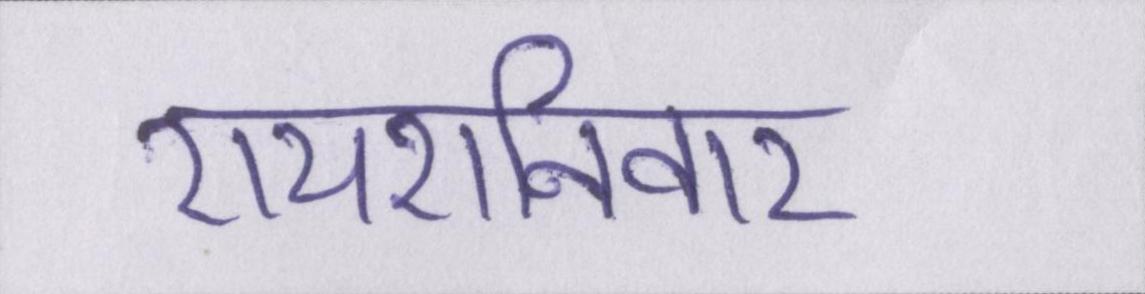
रायशनिवार